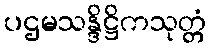
ပဌမသန္ဒိဋ္ဌိကသုတ္တံ